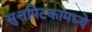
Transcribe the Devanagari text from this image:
सुत्तपिटकामध्ये